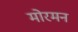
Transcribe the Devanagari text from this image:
मोरमन